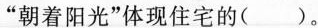
“朝着阳光”体现住宅的( )。